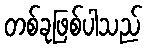
တစ်ခုဖြစ်ပါသည်